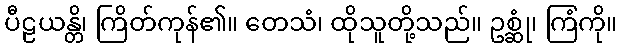
ပီဠယန္တိ၊ ကြိတ်ကုန်၏။ တေသံ၊ ထိုသူတို့သည်။ ဥစ္ဆုံ၊ ကြံကို။